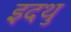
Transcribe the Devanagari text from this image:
इदथु